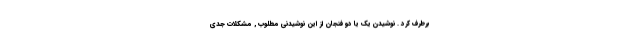
برطرف کرد . نوشیدن یک یا دو فنجان از این نوشیدنی مطلوب , مشکلات جدی